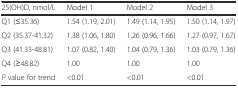
<table><thead><tr><td><b>25(OH)D, nmol/L</b></td><td><b>Model 1</b></td><td><b>Model 2</b></td><td><b>Model 3</b></td></tr></thead><tbody><tr><td>Q1 (≤35.36)</td><td>1.54 (1.19, 2.01)</td><td>1.49 (1.14, 1.95)</td><td>1.50 (1.14, 1.97)</td></tr><tr><td>Q2 (35.37-41.32)</td><td>1.38 (1.06, 1.80)</td><td>1.26 (0.96, 1.66)</td><td>1.27 (0.97, 1.67)</td></tr><tr><td>Q3 (41.33-48.81)</td><td>1.07 (0.82, 1.40)</td><td>1.04 (0.79, 1.36)</td><td>1.03 (0.79, 1.36)</td></tr><tr><td>Q4 (≥48.82)</td><td>1.00</td><td>1.00</td><td>1.00</td></tr><tr><td><i>P</i> value for trend</td><td>&lt;0.01</td><td>&lt;0.01</td><td>&lt;0.01</td></tr></tbody></table>